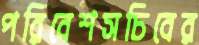
পরিবেশসচিবের